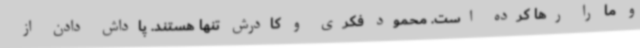
و ما را رها کرده است. محمود فکری و کادرش تنها هستند. پاداش دادن از